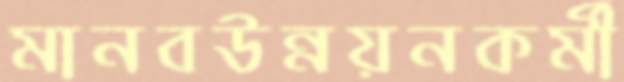
মানবউন্নয়নকর্মী